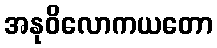
အနုဝိလောကယတော